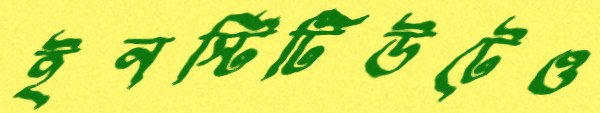
ইনস্টিটিউটেও